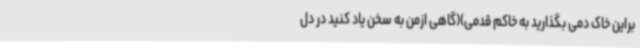
براین خاک دمی بگذارید به خاکم قدمی)(گاهی ازمن به سخن یاد کنید در دل